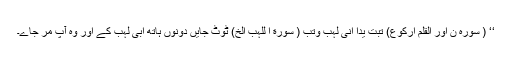
‘‘ ( سورہ نؔ اور القلم ارکوع) تَبَّت یَدٔاَ انی لہَب وَّتُّبَّ ( سورة ا للہب الخ) ٹوٹ جایں دونوں ہاتھ ابی لہب کے اور وہ آپ مر جاے۔